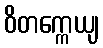
ဝိတက္ကေယျ